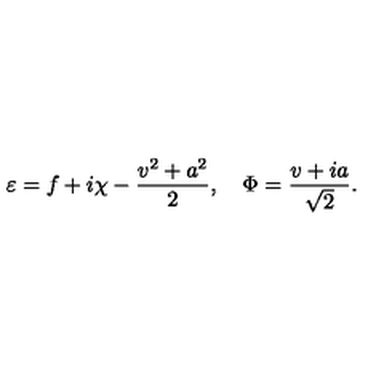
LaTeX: \varepsilon = f + i \chi - \frac { v ^ { 2 } + a ^ { 2 } } { 2 } , \quad \Phi = \frac { v + i a } { \sqrt { 2 } } .